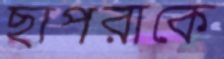
ছাপরাকে